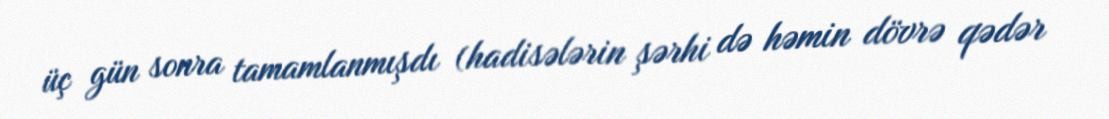
üç gün sonra tamamlanmışdı (hadisələrin şərhi də həmin dövrə qədər